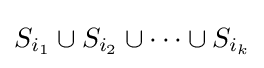
S_{i_{1}}\cup S_{i_{2}}\cup \dots \cup S_{i_{k}}